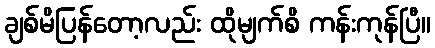
ချစ်မိပြန်တော့လည်း ထိုမျက်စိ ကန်းကုန်ပြီ။